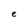
Character: e